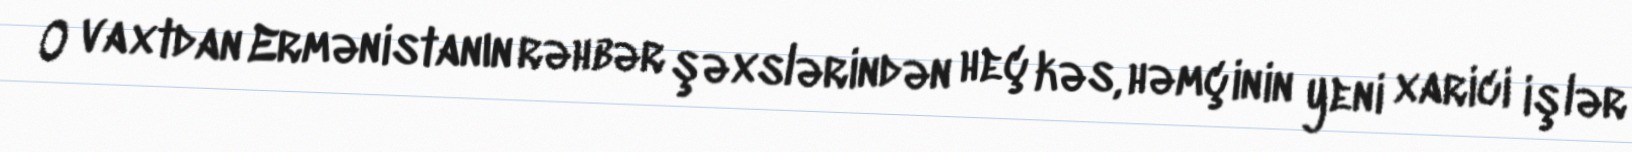
O vaxtdan Ermənistanın rəhbər şəxslərindən heç kəs, həmçinin yeni xarici işlər